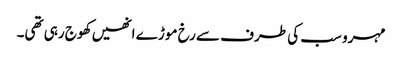
مہرو سب کی طرف سے رخ موڑ ے انھیں کھوج رہی تھی۔